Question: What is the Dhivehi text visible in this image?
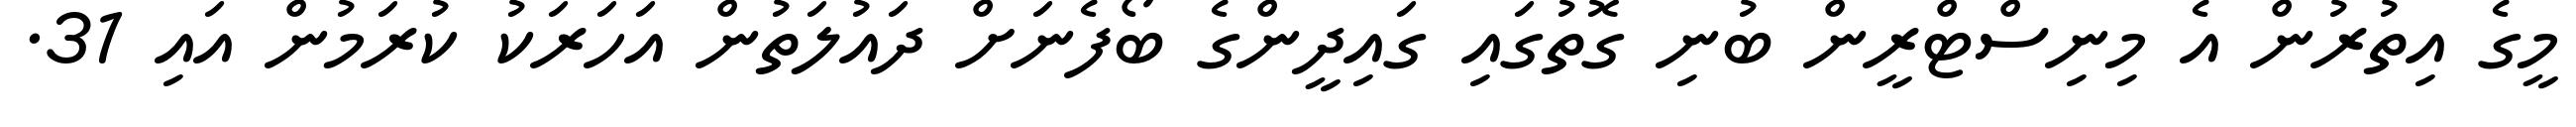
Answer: މީގެ އިތުރުން އެ މިނިސްޓްރީން ބުނި ގޮތުގައި ގައިދީންގެ ބޯފެނަށް ދައުލަތުން އަހަރަކު ކުރަމުން އައި 31.